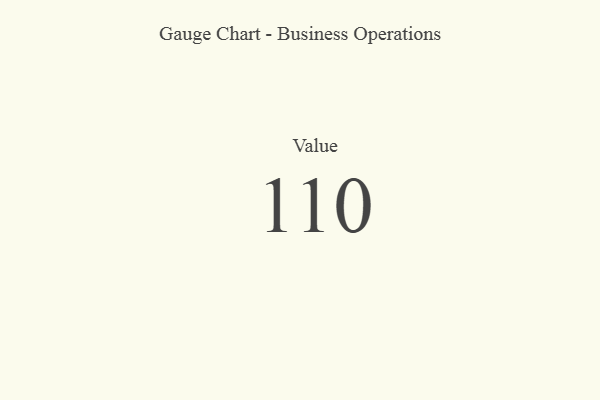
{"axis": {"x": "Metric", "y": "Value"}, "legend": [""], "data": [{"x": "Value", "y": 110, "type": ""}]}